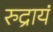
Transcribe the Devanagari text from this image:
रुद्रायं